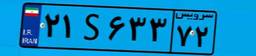
۳۹S۱۶۰۵۴